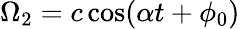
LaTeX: \Omega_{2}=c\cos(\alpha t+\phi_{0})